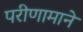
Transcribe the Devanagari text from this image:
परीणामाने